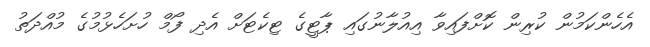
އެހެންކަމުން ކުރިން ކޮށްފައިވާ އިއުލާނުގައި ޕާޓީގެ ޓިކެޓަށް އެދި ފޯމް ހުށަހެޅުމުގެ މުއްދަތު